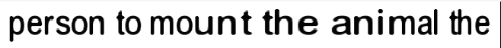
person to mount the animal the